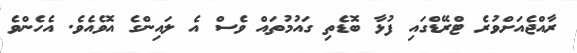
ރާއްޖެއަށްވުރެ ޓްރޭޑްގައި ފުޅާ ބޮޑެތި ގައުމުތައް ވެސް އެ ލައިންގެ އޮވެއެވެ. އެހެންވެ